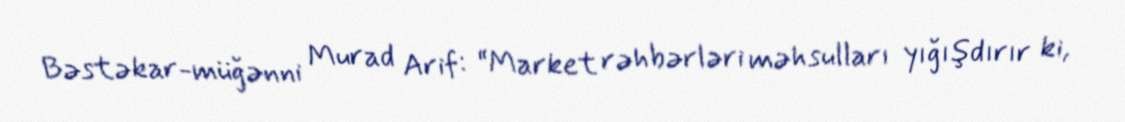
Bəstəkar-müğənni Murad Arif: “Market rəhbərləri məhsulları yığışdırır ki,